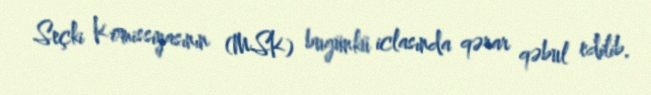
Seçki Komissiyasının (MSK) bugünkü iclasında qərar qəbul edilib.